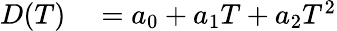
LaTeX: \begin{array}{rl}{D(T)}&{{}=a_{0}+a_{1}T+a_{2}T^{2}}\end{array}